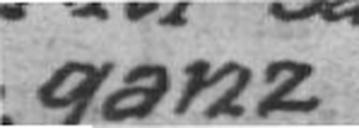
ganz